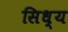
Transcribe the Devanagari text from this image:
सिध्य